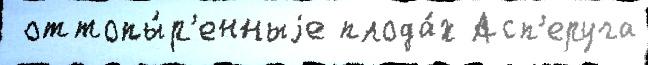
 оттопы́р'енныjе плода́х Асп'еруга